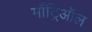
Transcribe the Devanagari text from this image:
माँट्रिऑल